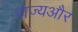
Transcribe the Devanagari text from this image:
राज्यऔर